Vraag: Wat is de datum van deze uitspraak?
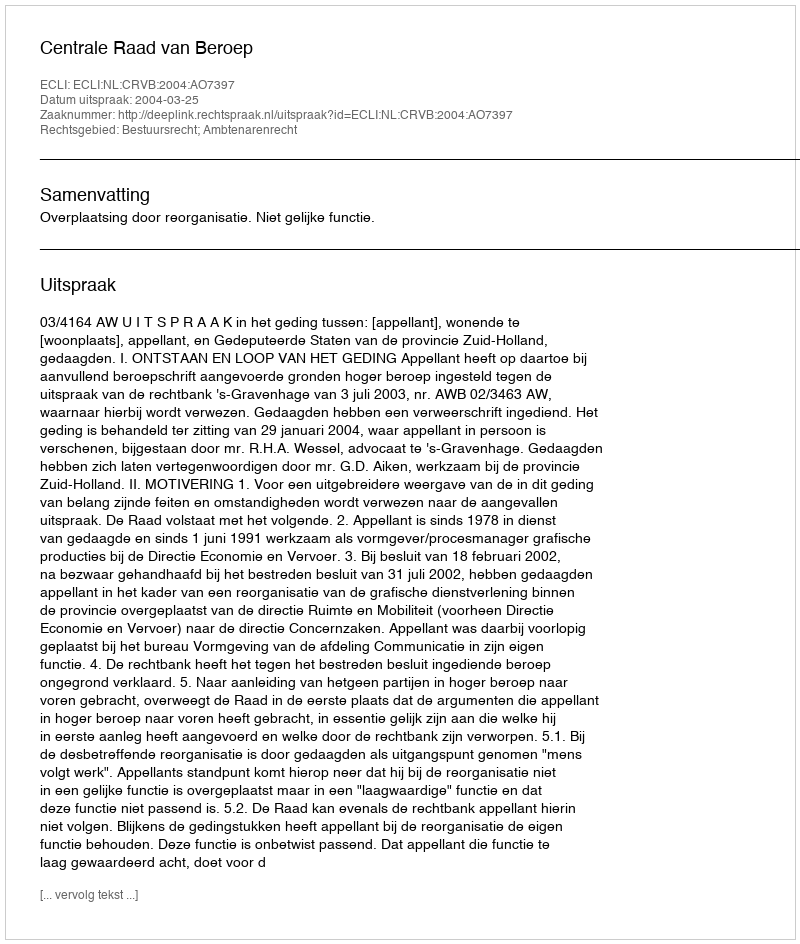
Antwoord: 2004-03-25